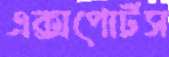
এক্সপোর্টস